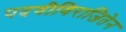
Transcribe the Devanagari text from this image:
पदवीविराजितेन